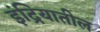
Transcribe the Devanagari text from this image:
इंद्रियातील